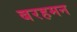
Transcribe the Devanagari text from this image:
बरहमन